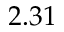
2 . 3 1